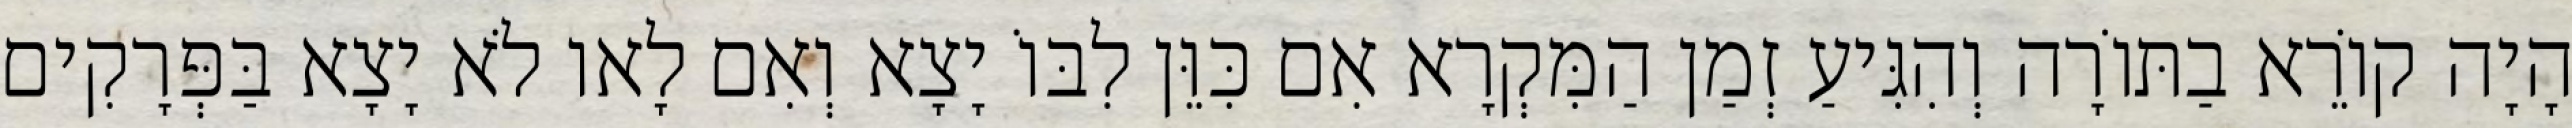
הָיָה קוֹרֵא בַתּוֹרָה וְהִגִּיעַ זְמַן הַמִּקְרָא אִם כִּוֵּן לִבּוֹ יָצָא וְאִם לָאו לֹא יָצָא בַּפְּרָקִים